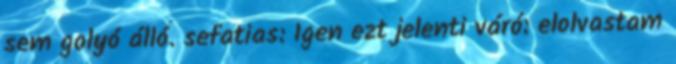
sem golyó álló. sefatias: Igen ezt jelenti váró: elolvastam